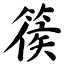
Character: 篌